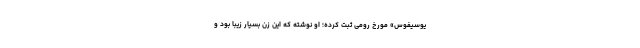
یوسیفوس» مورخ رومی ثبت کرده؛ او نوشته که این زن بسیار زیبا بود و